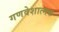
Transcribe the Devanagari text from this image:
गणवेशात्मक